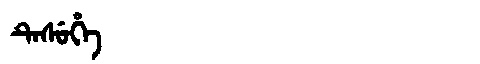
Manchu: ᡨᡝᠰᡠᡥᡝ
Romanization: TESUHE